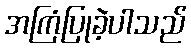
အကြံပြုခဲ့ပါသည်